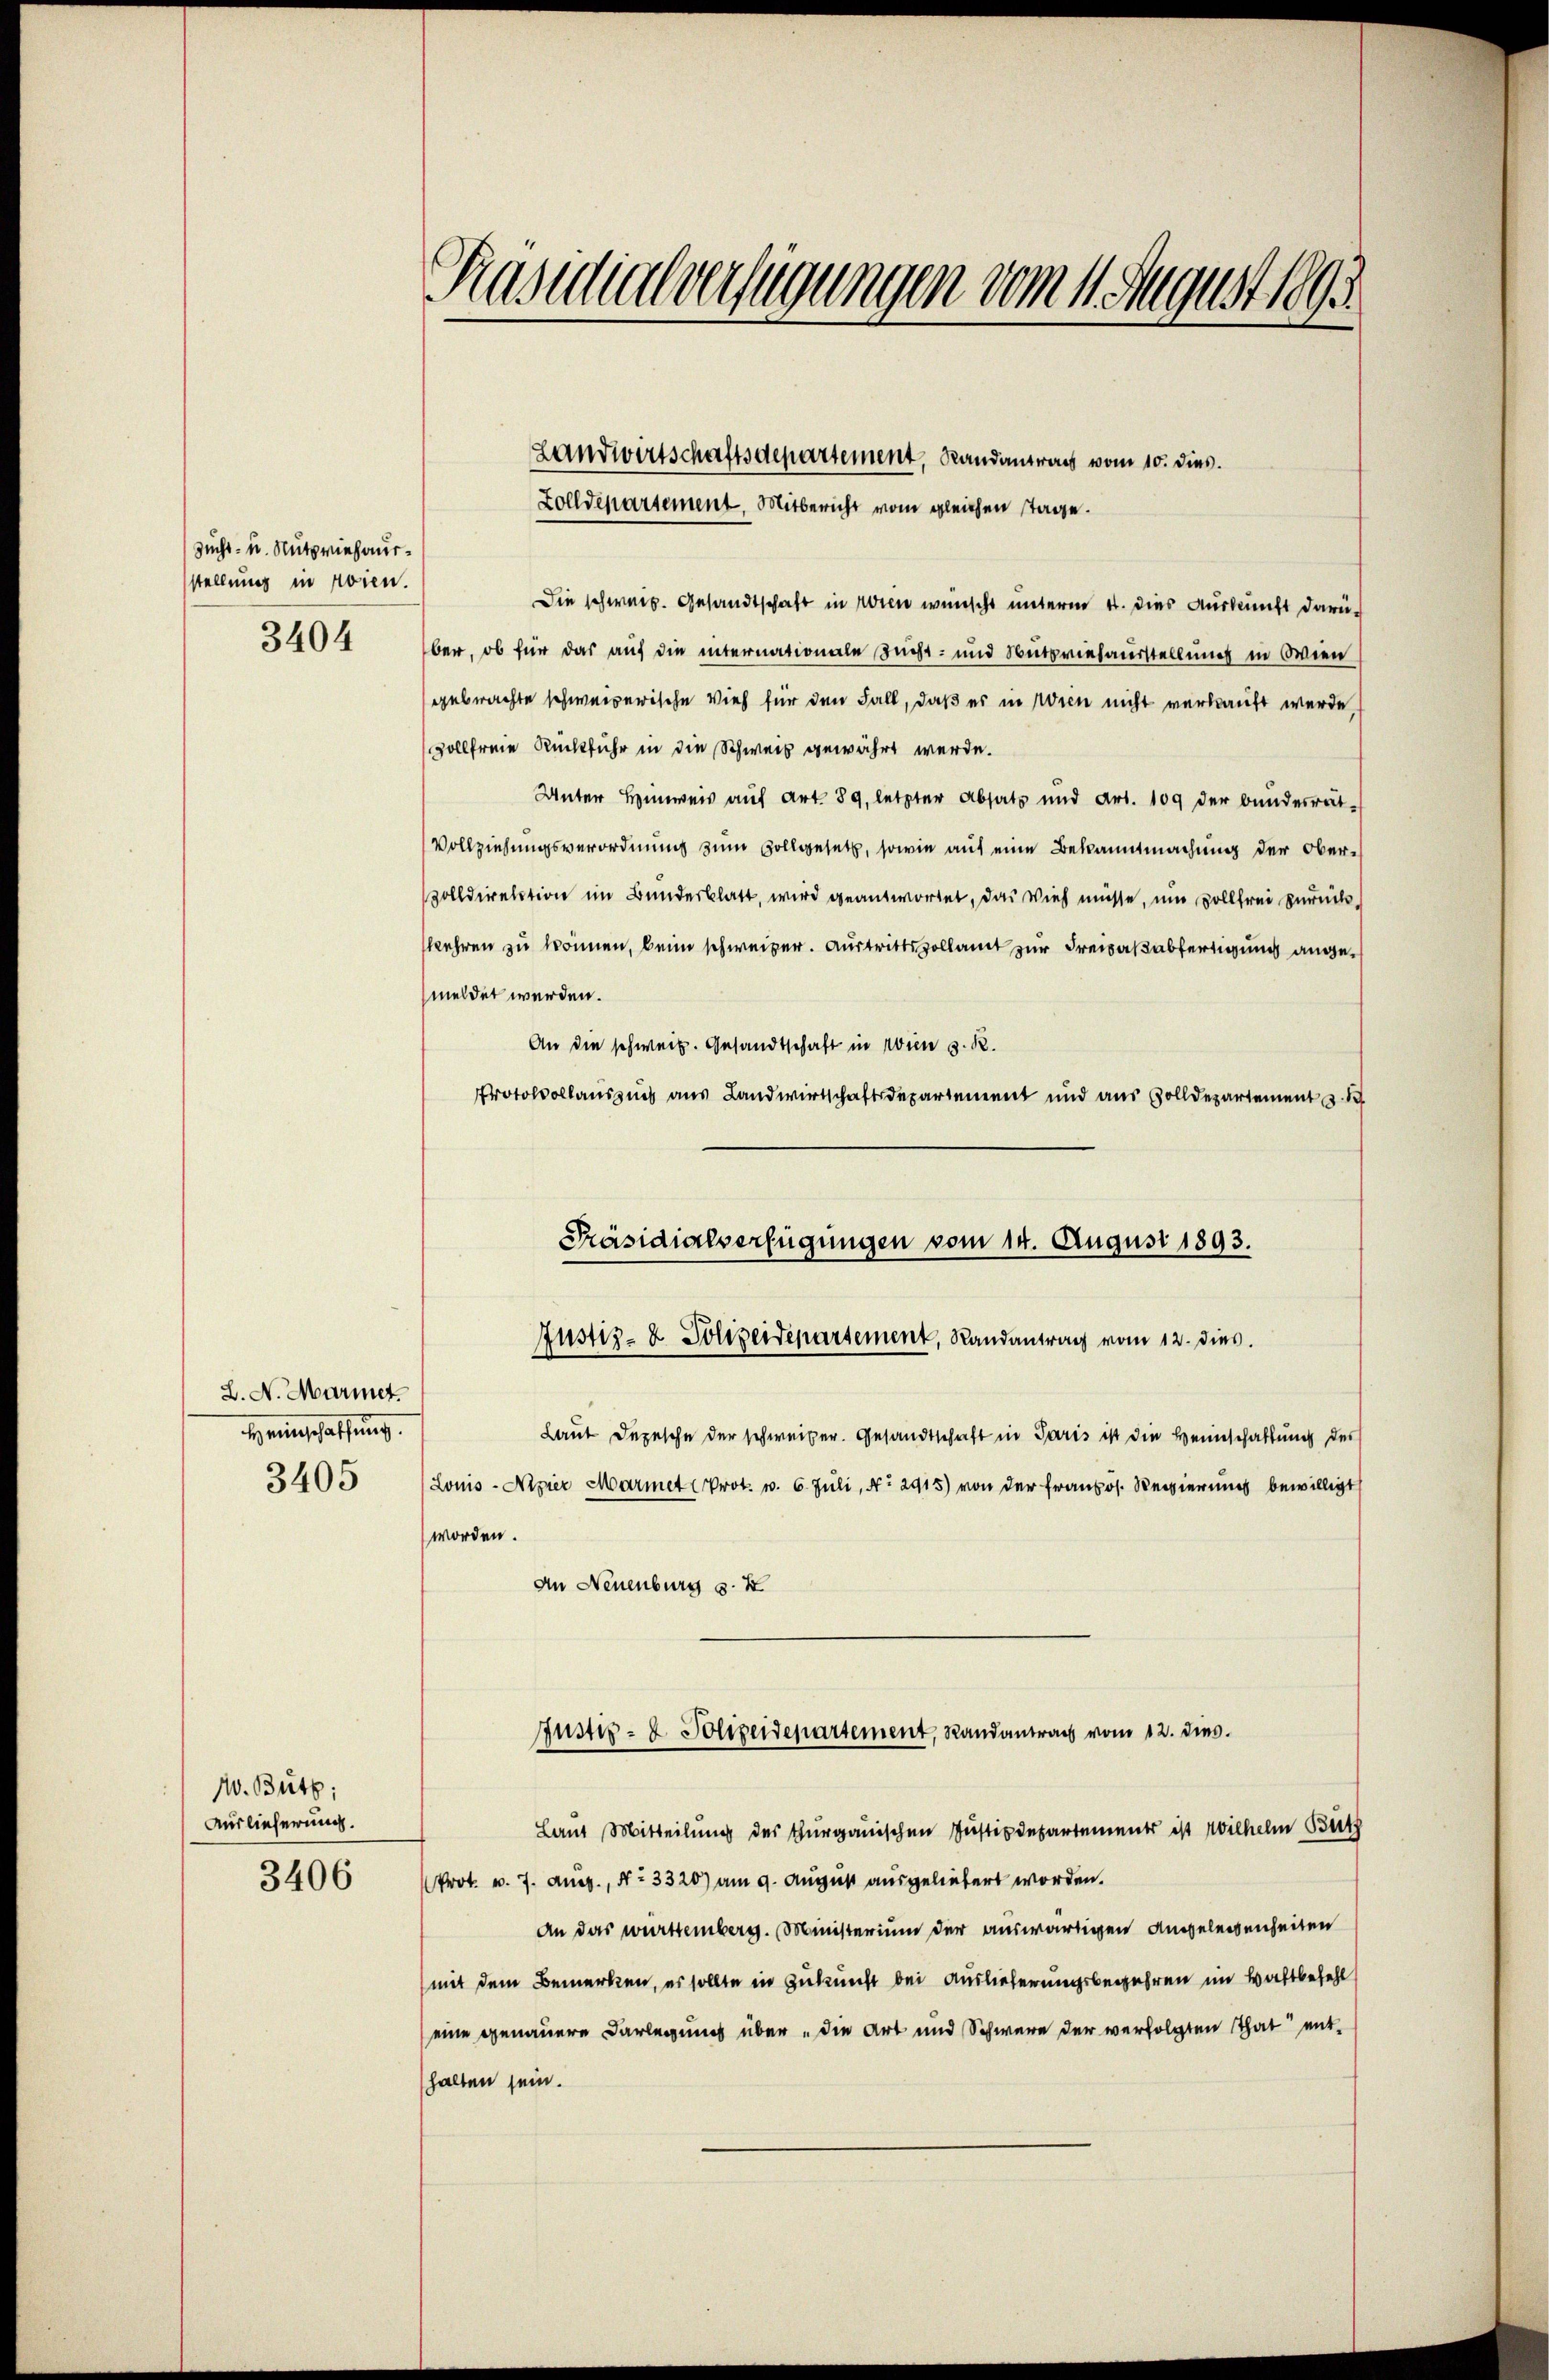
Zucht- u. Nutzniesausstellung in Rosen.
3404

L. N. Marmet.
r einschaffung.
3405

W. Bütz:
Auslieferung.
3406

Präsidialverfügungen vom 11. August 1891

Zolldepartement, Mitbericht vom gleichen Tage.
Die schweiz. Gesandtschaft in Wien wünscht unterm 4. dies Auskunft darüber, ob für das auf die internationale Zucht- und Nutzniesausstellung in Wien
gebrachte schweizerische Vieh für den Fall, daß es in Wien nicht verkauft werde
vollfreie Rückfuhr in die Schweiz gewährt werde.
Unter Hinweis auf Art. 89, letzter Absatz und Art. 109 der Bundesrat¬
Vollziehungsverordnung zum Zollgesetz, sowie auf eine Bekanntmachung der Oberolldirektion im Bundesblatt, wird geantwortet, das Vieh müsse, um sollfrei zurückkehren zu können, beim schweizer. Austrittszollamt zur Freiaßabfertigung angemeldet werden.
An die schweiz. Gesandtschaft in Wien d. R.
Protokollauszug aus Landwirtschaftsdepartement und aus Zolldepartement u.
Laut Depesche der schweizer. Gesandtschaft in Paris ist die Heimschaftung des
Lonis - Nizier Marmet (Prot. v. 6. Juli, No 2915) von der Französ. Regierung bewilligt
worden.
An Neuenburg s. K
Justiz- & Polizeidepartement, Randantrag vom 12. dies.
Laut Mitteilung des Thurgauischen Justizdepartement ist Wilhelm Bütz
Prok. v. 7. Aug., No 3320) am 9. August ausgeliebert worden.
An das württemberg. Ministerium der auswärtigen Angelegenheiten
(mit dem Bemerken, es sollte in Zukunft bei Auslieferungsbegehren im Wattbefehl
eine genauere Darlegung über die Art und Schwere der verfolgten That enthalten sein.

Landwirtschaftsdepartement, Randantrag vom 10. dies.

Präsidialverfügungen vom 14. August 1893.
Justiz- & Polizeidepartement, Randantrag vom 12. dies.